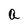
Character: a